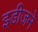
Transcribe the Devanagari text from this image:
इडीजने